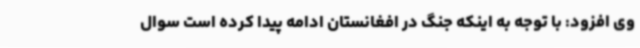
وی افزود: با توجه به اینکه جنگ در افغانستان ادامه پیدا کرده است سوال